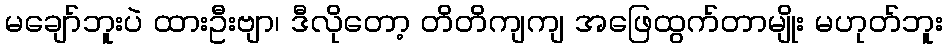
မချော်ဘူးပဲ ထားဦးဗျာ၊ ဒီလိုတော့ တိတိကျကျ အဖြေထွက်တာမျိုး မဟုတ်ဘူး